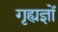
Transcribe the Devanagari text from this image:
गृह्यज्ञों